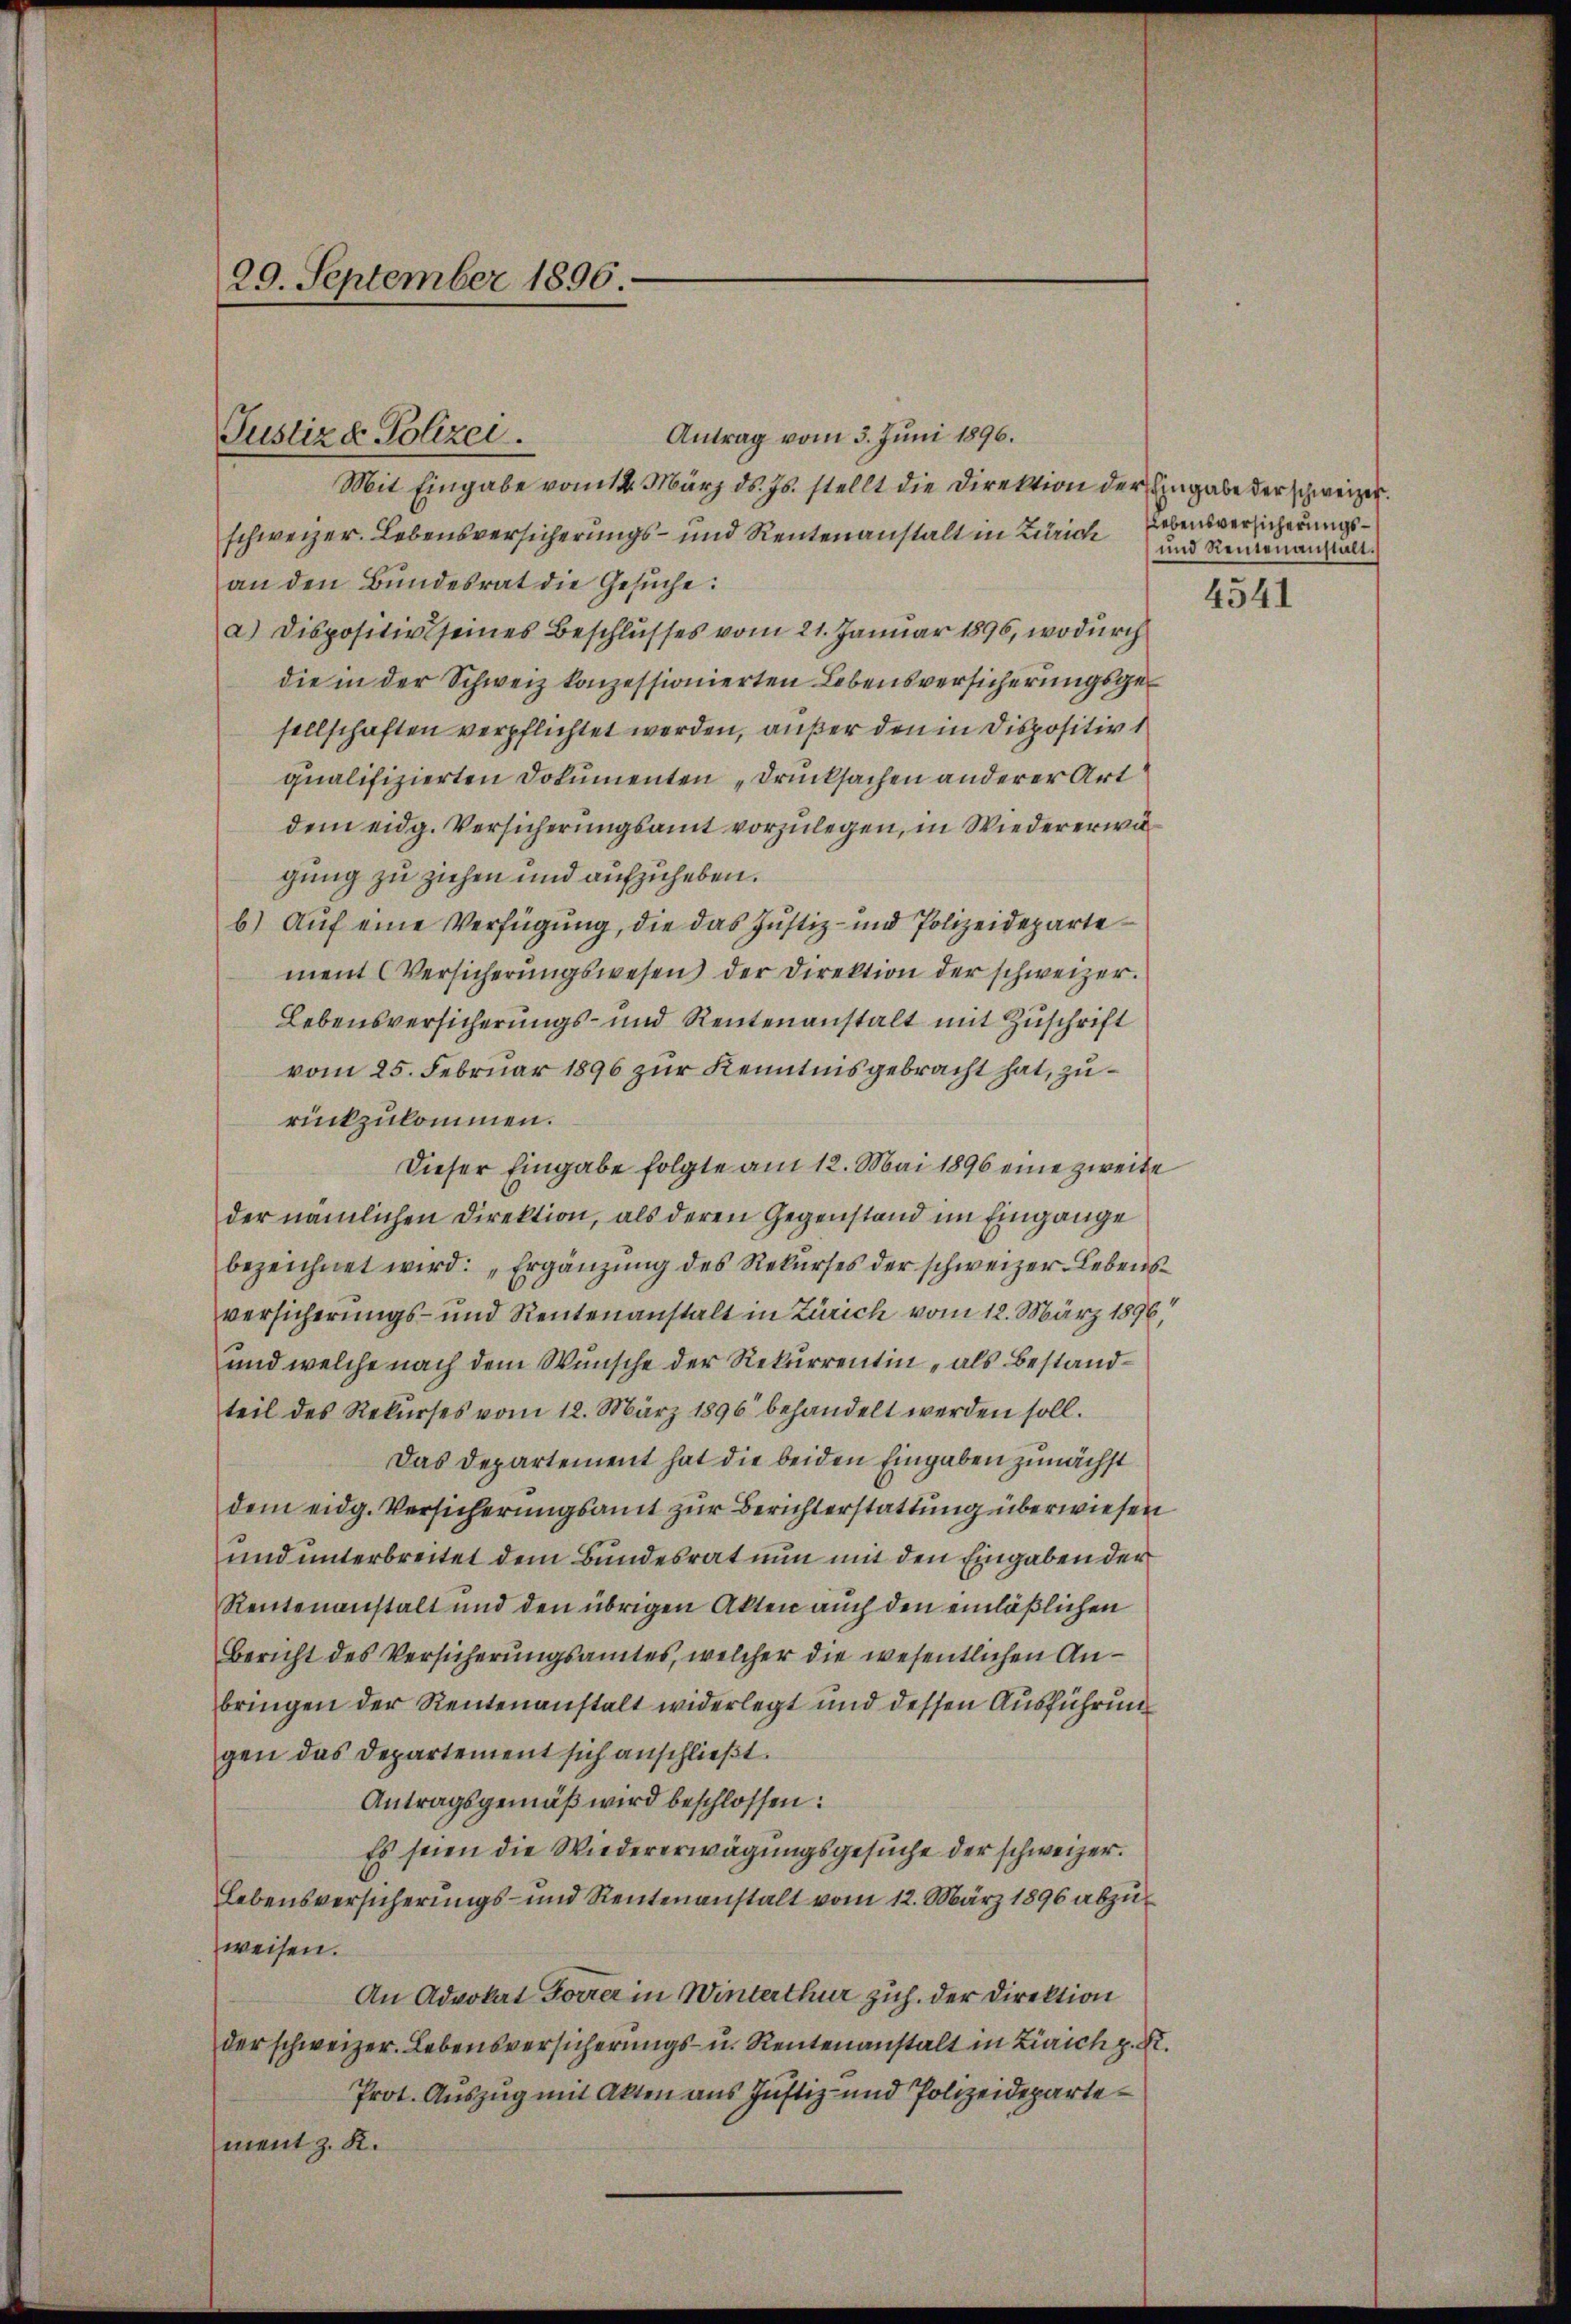
Antrag vom 3. Juni 1896.
Mit Eingabe vom 14. März d. Js. stellt die Direktion der Eingabe der schweizer.
schweizer. Lebensversicherungs- und Rentenanstalt in Zürich
an den Bundesrat die Gesuche:
a) Dispositiv seines Beschlusses vom 21. Januar 1896, wodurch
die in der Schweiz konzessionierten Lebensversicherungsgesellschaften verpflichtet werden, außer den in Dispositiv 1
qualifizierten Dokumenten „Drucksachen anderer Art
dem eidg. Versicherungsamt vorzulegen, in Wiedererwä
gung zu ziehen und aufzuheben.
b) Auf eine Verfügung, die das Justiz- und Polizeidepartement Versicherungswesen) der Direktion der schweizer.
Lebensversicherungs- und Rentenanstalt mit Zuschrift
vom 25. Februar 1896 zur Kenntnisgebracht hat, zurückzukommen.
Dieser Eingabe folgte am 12. Mai 1896 eine zweite
der nämlichen Direktion, als deren Gegenstand im Eingange
bezeichnet wird: „Ergänzŭng des Rekŭrses der schweizer. Lebensversicherungs- und Rentenanstalt in Zürich vom 12. März 1896,
und welche nach dem Wunsche der Rekurrentin als Bestandteil des Rekŭrses vom 12. März 1896 behandelt werden soll.
Das Departement hat die beiden Eingaben zunächst
dem eidg. Versicherungsamt zur Berichterstattung überwiesen
und unterbreitet dem Bundesrat nun mit den Eingaben der
Rentenanstalt und den übrigen Akten auch den einläßlichen
Bericht des Versicherungsamtes, welcher die wesentlichen Anbringen der Rentenanstalt widerlegt und dessen Ausführung
gen das Departement sich anschließt:
Antragsgemäß wird beschlossen:
Es seien die Wiedererwägungsgesuche der schweizer.
Lebensversicherungs- und Rentenanstalt vom 12. März 1896 abzuweisen.
An Advokat Forrer in Winterthur zuh. der Direktion
der schweizer. Lebensversicherungs- u. Rentenanstalt in Zürich p. X.
Prot. Auszug mit Akten aus Justiz- und Polizeidepartement z. K.

29. September 1896.

Justiz & Polizei.

Lebensversicherungs¬
und Reutenanstalt.

4541